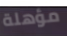
مؤهلة